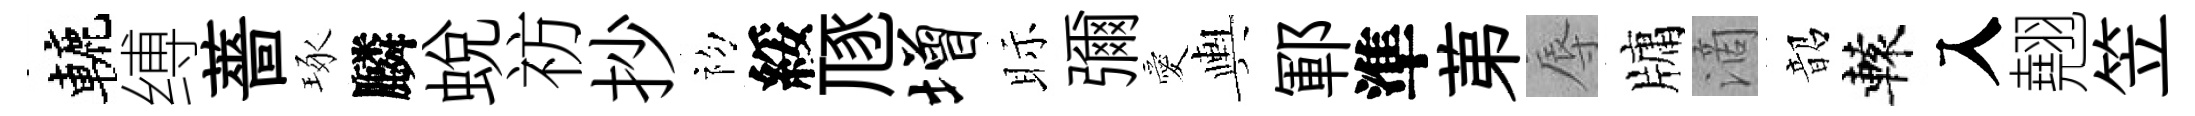
轆缚薔琢麟蛻祊抄初綏豗增眎彌愛輿鄆準苐辱牗滴韶轅入翹笠